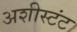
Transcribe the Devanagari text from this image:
अशीस्टंट